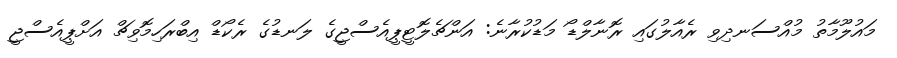
މައުލޫމާތު މުއްސަނދިވި ރެއާލުގައި ރޮނާލްޑޯ މަޑުކުރާނެ: އަންޗެލޮޓީޕީއެސްޖީގެ ލަނޑުގެ ރެކޯޑް އިބްރަހިމޮވިޗް އަށްޕީއެސްޖީ